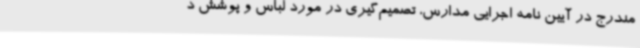
مندرج در آیین نامه اجرایی مدارس، تصمیم‌گیری در مورد لباس و پوشش د